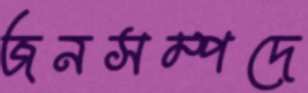
জনসম্পদে